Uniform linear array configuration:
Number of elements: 64
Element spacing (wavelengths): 0.25
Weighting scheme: hamming
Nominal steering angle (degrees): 45
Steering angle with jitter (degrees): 44.271
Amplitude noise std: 0.05
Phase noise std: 0.05

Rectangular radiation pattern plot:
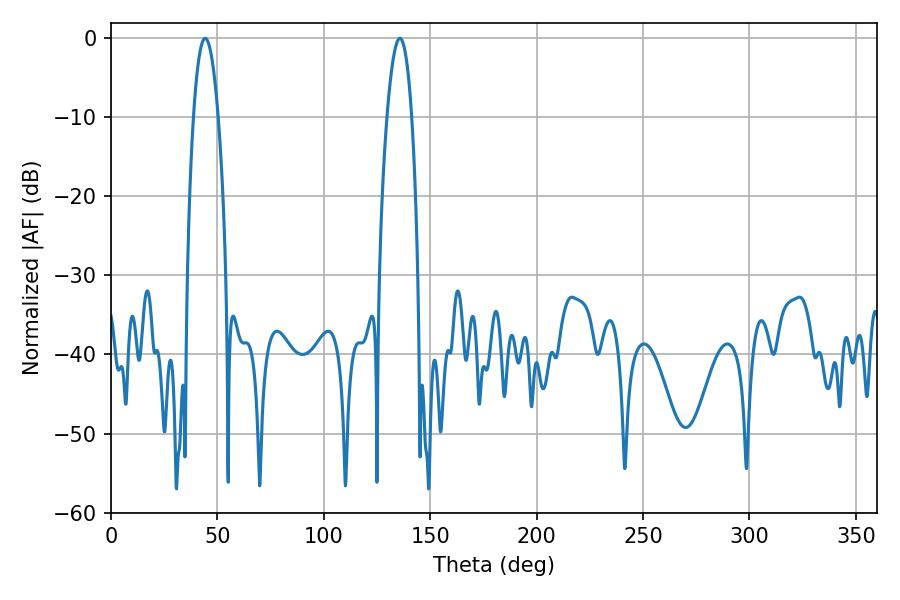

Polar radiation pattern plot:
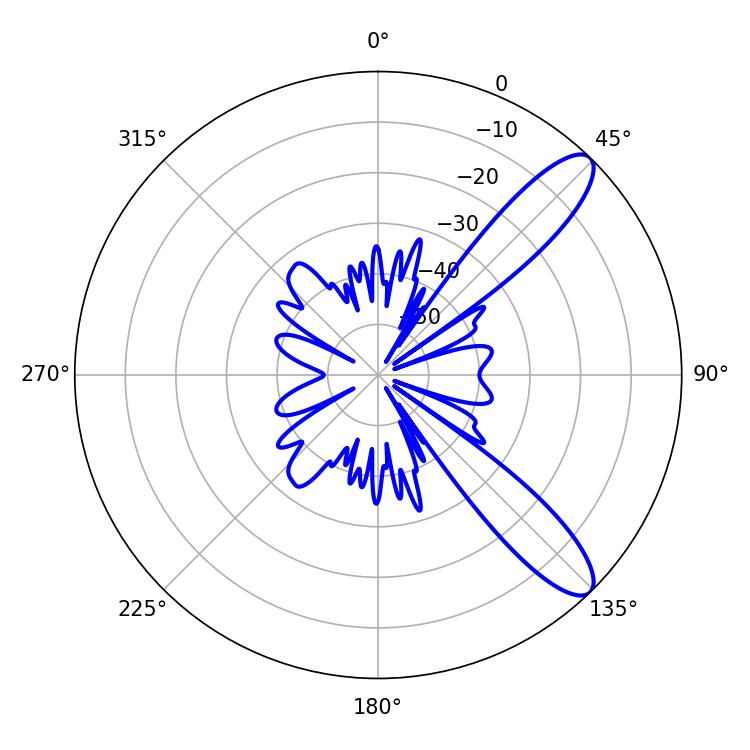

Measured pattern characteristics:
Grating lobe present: FALSE
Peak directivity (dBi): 10.745
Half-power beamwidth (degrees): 6.3
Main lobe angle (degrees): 44.28